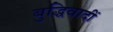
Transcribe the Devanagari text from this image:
बुद्धिवादीं